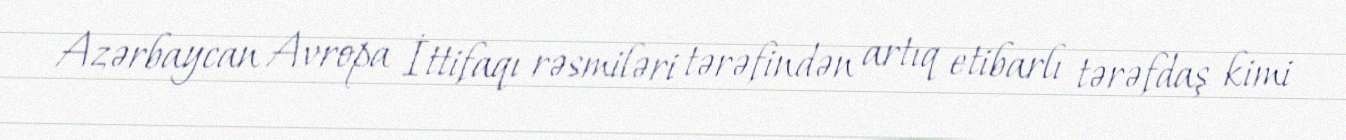
Azərbaycan Avropa İttifaqı rəsmiləri tərəfindən artıq etibarlı tərəfdaş kimi